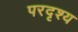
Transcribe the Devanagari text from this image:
परदृश्य